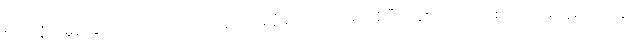
စပါးအုံးမြွေတွေဟာ သားကောင်တွေကို အနံ့ခံ လိုက်ရှာလေ့ရှိပြီး ပုန်းအောင်း စောင့်ဆိုင်းနေရာကနေ